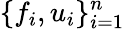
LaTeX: \{ f_{i},u_{i}\} _{i=1}^{n}